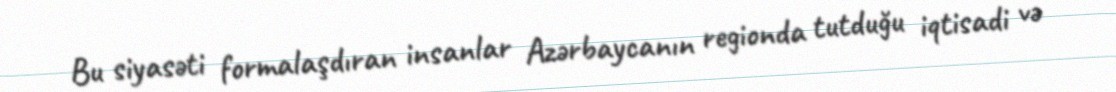
Bu siyasəti formalaşdıran insanlar Azərbaycanın regionda tutduğu iqtisadi və